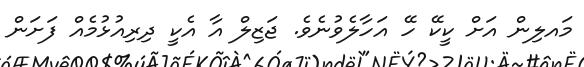
މައލިން އަށް ކީކޭ ހޭ އަހާލެވުނެވެ. ޖަޒިލް އާ އެކީ ދިރިއުޅުމެއް ފަށަން